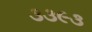
૩૩૯૩